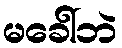
မခေါ်ဘဲ